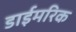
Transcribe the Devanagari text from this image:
डाईमरिक